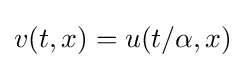
v(t,x)=u(t/\alpha ,x)